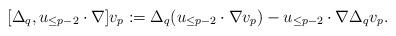
LaTeX: \begin{align*} [\Delta_q, u_{\leq{p-2}}\cdot\nabla]v_p:=\Delta_q(u_{\leq{p-2}}\cdot\nabla v_p)-u_{\leq{p-2}}\cdot\nabla \Delta_qv_p.\end{align*}